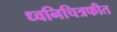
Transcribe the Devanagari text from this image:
ध्वनिचित्रफीत